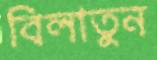
বিলাতুন